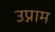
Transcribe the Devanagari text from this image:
उप्नाम